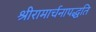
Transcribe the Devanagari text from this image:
श्रीरामार्चनापद्धति